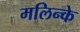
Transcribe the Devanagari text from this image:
मलिन्के